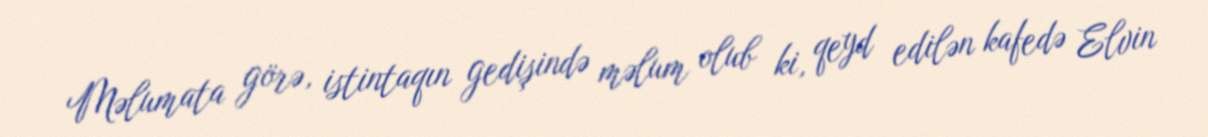
Məlumata görə, istintaqın gedişində məlum olub ki, qeyd edilən kafedə Elvin